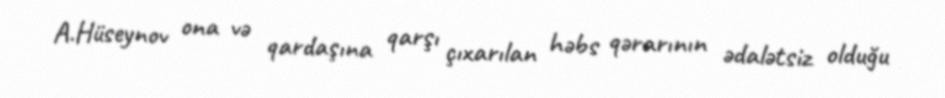
A.Hüseynov ona və qardaşına qarşı çıxarılan həbs qərarının ədalətsiz olduğu